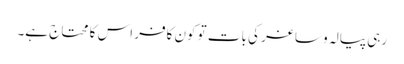
رہی پیالہ و ساغر کی بات تو کون کافر اس کا محتاج ہے۔